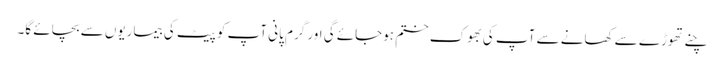
چنے تھوڑے سے کھانے سے آپ کی بھوک ختم ہوجائے گی اور گرم پانی آپ کو پیٹ کی بیماریوں سے بچائے گا۔